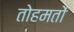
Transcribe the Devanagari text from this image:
तोहमतों